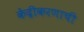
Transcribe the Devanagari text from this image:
केंद्रीकरणाची